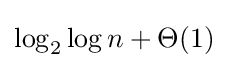
\log _{2}\log n+\Theta (1)